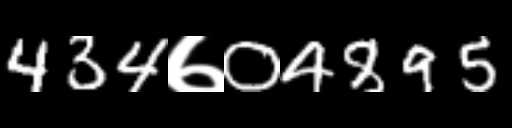
Text: 434७04895